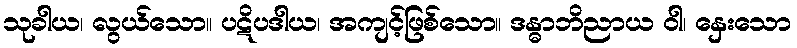
သုခါယ၊ လွယ်သော။ ပဋိပဒါယ၊ အကျင့်ဖြစ်သော။ ဒန္ဓာဘိညာယ ဝါ၊ နှေးသော